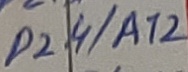
Text: P2.4/A12